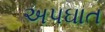
અપઘાત